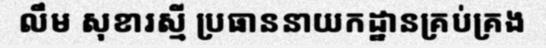
លឹម សុខារស្មី ប្រធាននាយកដ្ឋានគ្រប់គ្រង